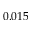
0 . 0 1 5